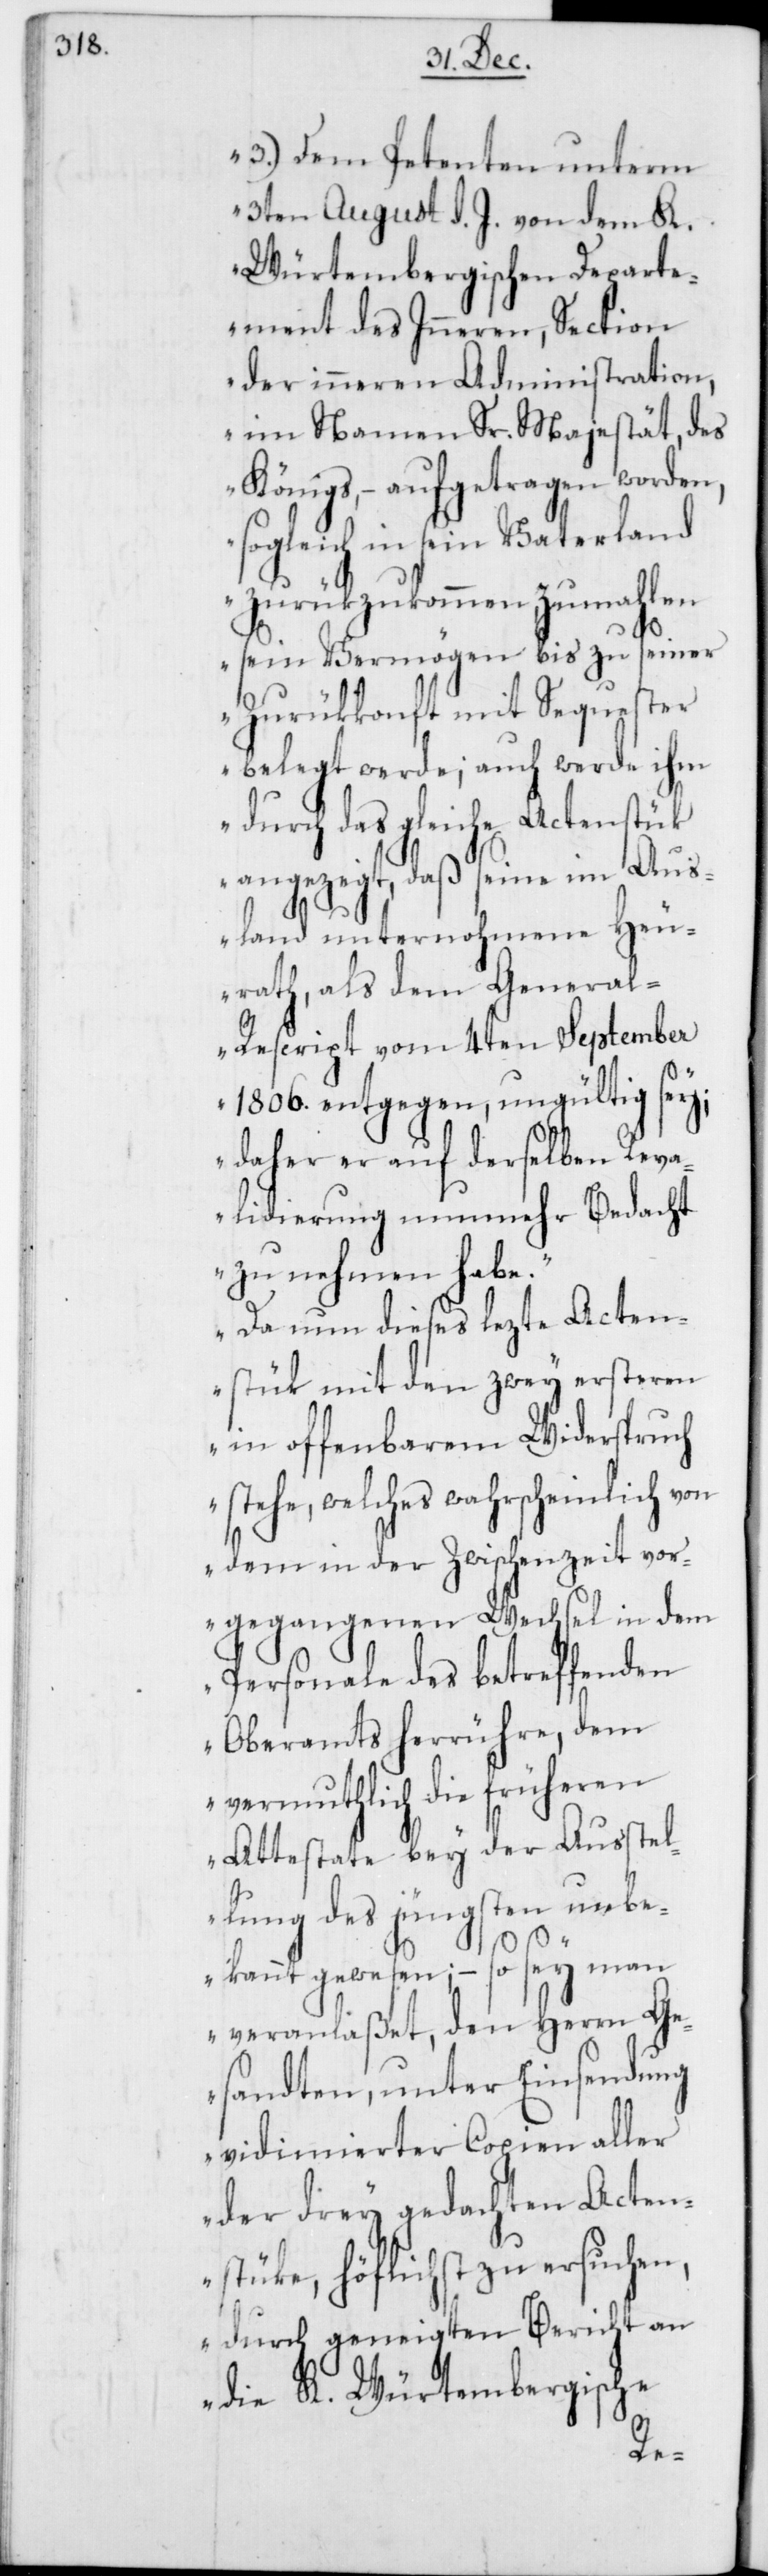
3.) Dem Petenten unterm
3ten August d. J. von dem K.
Würtembergischen Departe¬
ment des Inneren, Section
der inneren Administration,
im Namen Sr. Majestät, des
Königs, – aufgetragen worden,
sogleich in sein Vaterland
zurükzukommen, zumahlen
sein Vermögen bis zu seiner
Zurükkonft mit Sequester
belegt werde; auch werde ihm
durch das gleiche Actenstük
angezeigt, daß seine im Aus¬
land unternohmene Heu¬
rath, als dem Genera¬
l-Rescript vom 4ten September
1806. entgegen, ungültig sey;
daher er auf derselben Reva¬
lidierung nunmehr Bedacht
zu nehmen habe.
Da nun dieses lezte Acten¬
stük mit den zwey ersteren
in offenbarem Widerspruch
stehe, welches wahrscheinlich von
dem in der Zwischenzeit vor¬
gegangenen Wechsel in dem
Personale des betreffenden
Oberamts herrühre, dem
vermuthlich die früheren
Attestate bey der Ausstel¬
lung des jüngsten unbe¬
kannt gewesen, – so sey man
veranlaßet, den Herrn Ge¬
sandten, unter Einsendung
vidimierter Copien aller
der drey gedachten Acten¬
stüke, höflichst zu ersuchen,
durch geneigten Bericht an
die K. Würtembergische